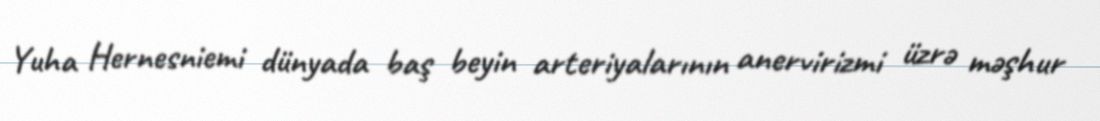
Yuha Hernesniemi dünyada baş beyin arteriyalarının anervirizmi üzrə məşhur